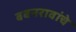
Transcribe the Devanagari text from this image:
बबनरावांचे